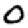
Digit: 0